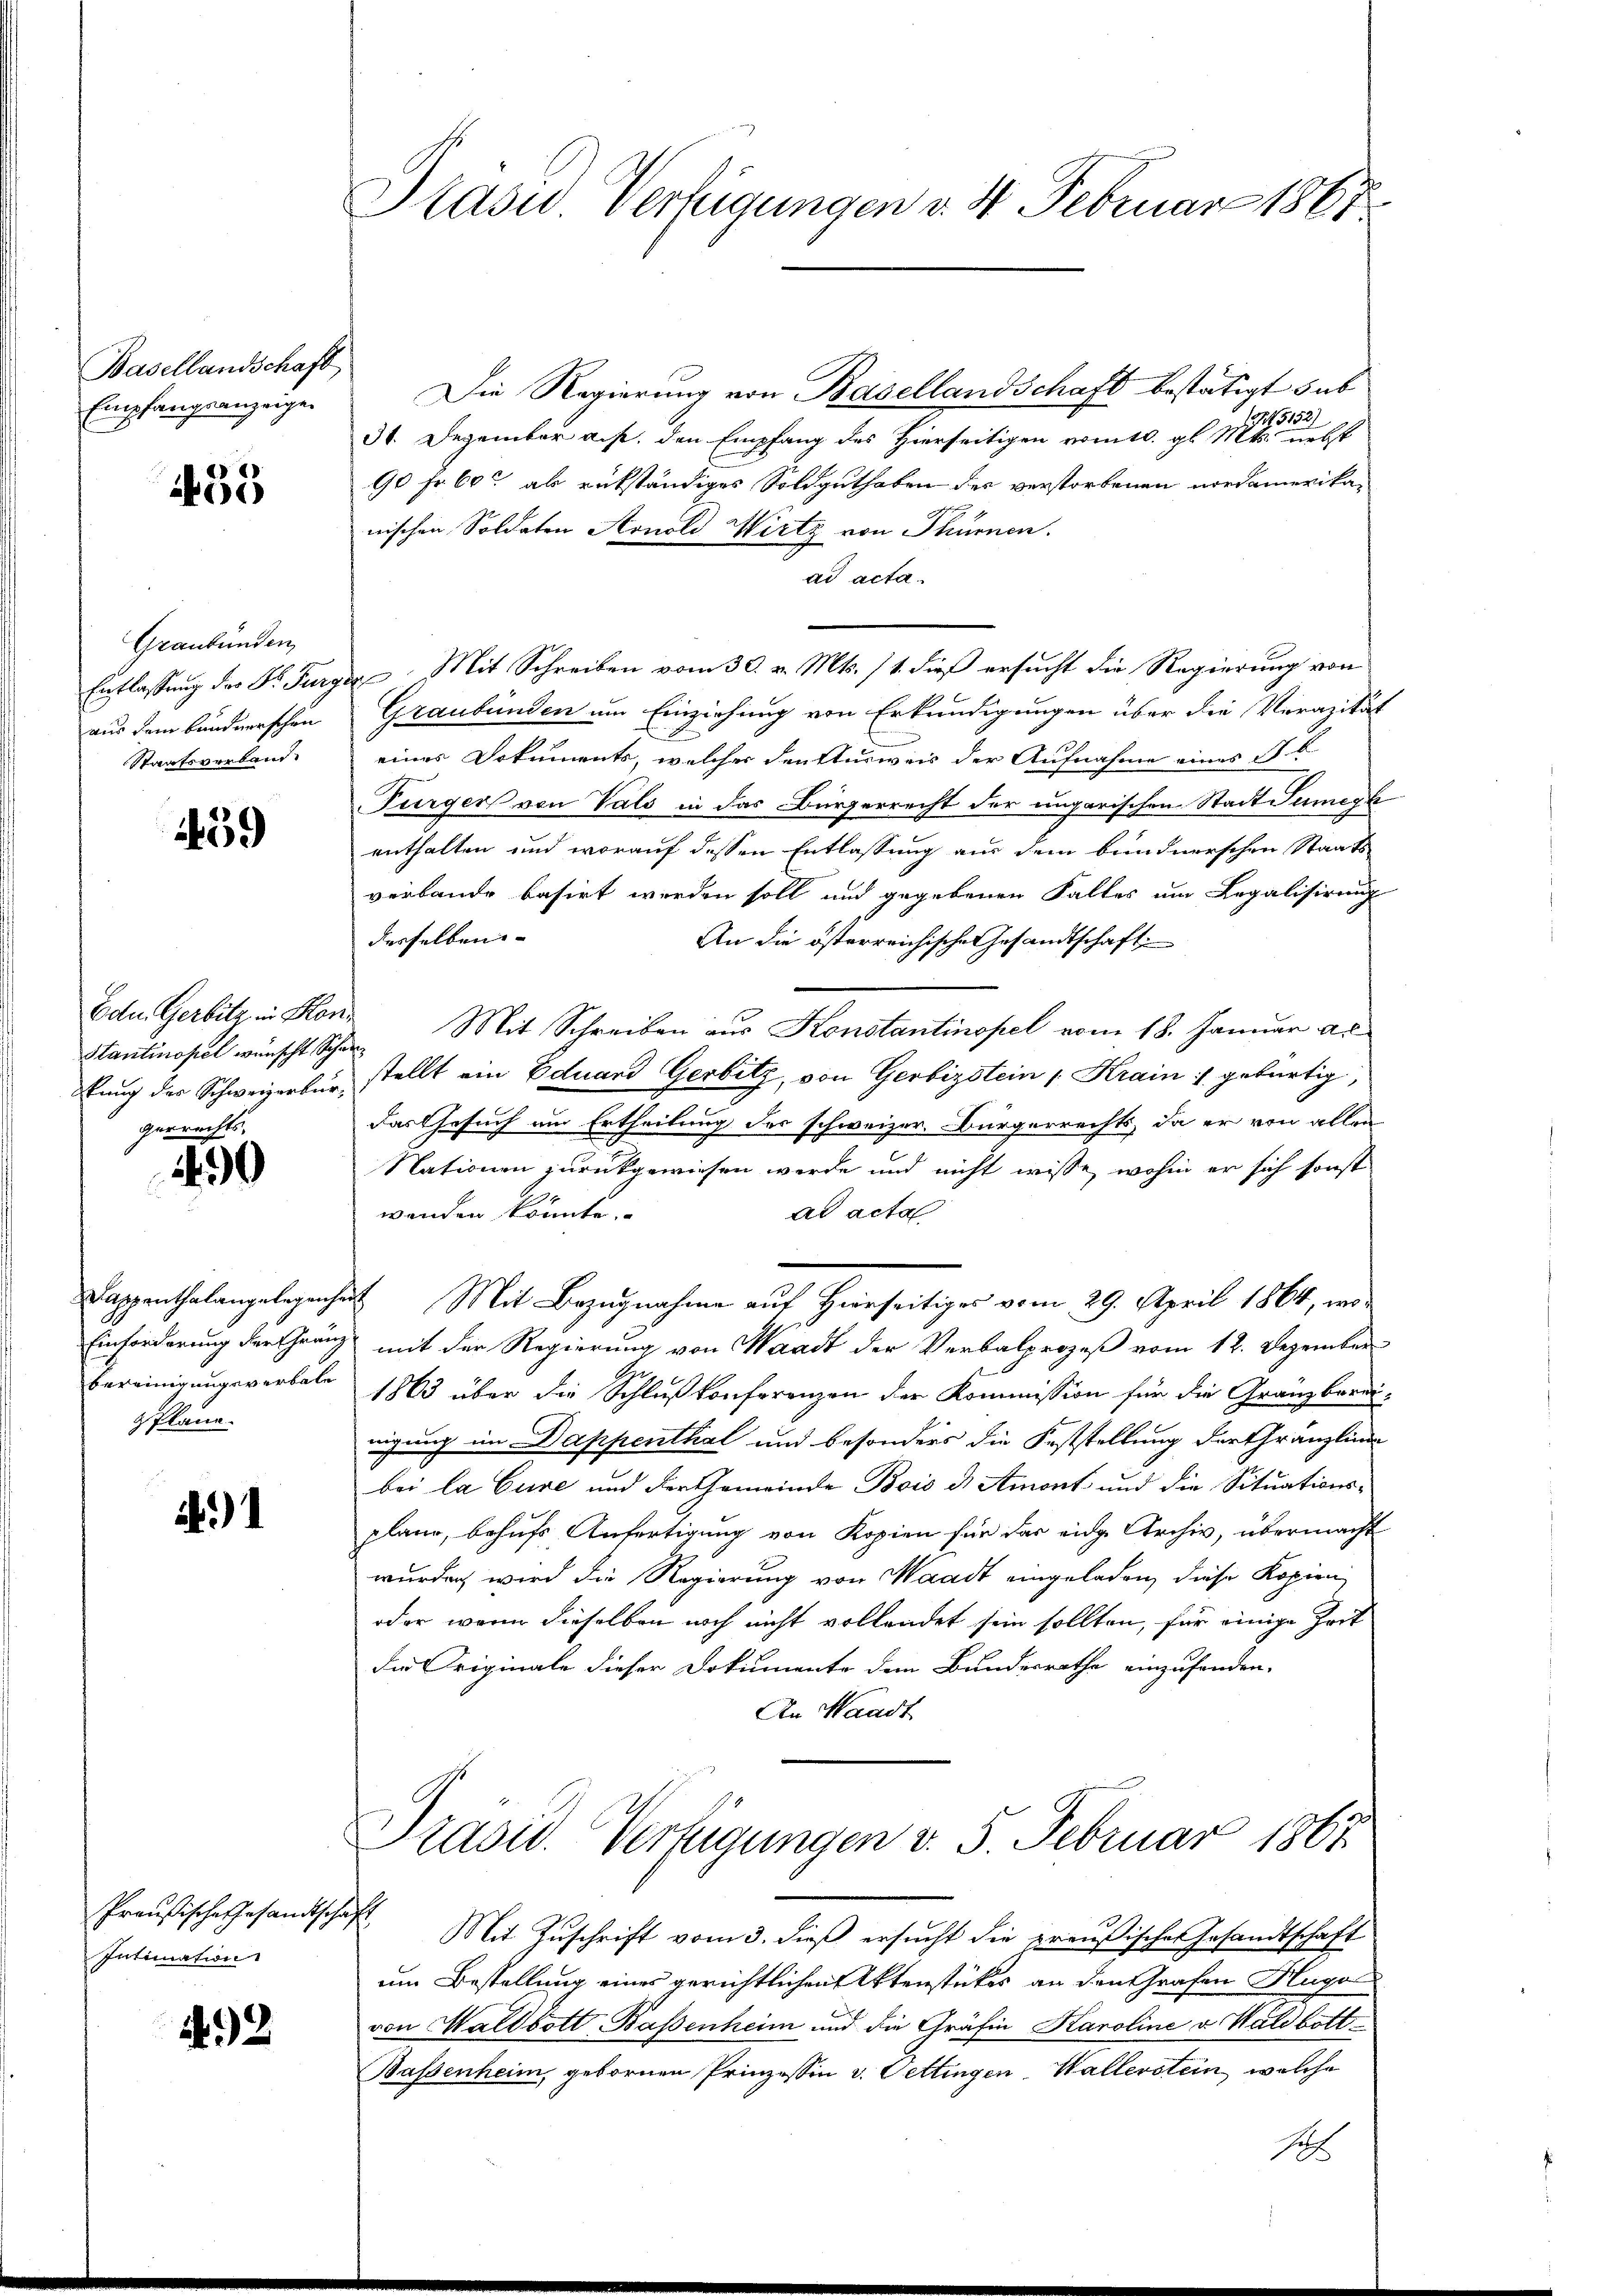
Basellandschaft
Empfangsanzeigen

1455

59

Edle Gerbitz in Hor
Stantinopel wünscht Sch.
pfung des Schweizerbür
gerrechts,

490

)1

2

Graubünden
Entlassung des Dr. Furgaus dem bundnerschen
Staatsverband.

Dappenthalangelegenhei
Einförderung der Gränz
bereinigungsverbale
pflane.

Preußische Gesandtschaft
Intimation

Präsid. Verfügungen v. 4. Februar 1861

Die Regierung von Basellandschaft bestätigt sub
512/
31. Dezember a.p. den Empfang des Hierseitigen vom 10. gl. Mts. nebst
90 fr. 60 ab rükständiges Soldguthaben des verstorbenen nordamerikanischen Soldaten Arnold Wirtz von Thürnen.
ad acta.
 Mit Schreiben vom 30. v. Mts. 11. dieß ersucht die Regierung von
Graubünden um Einziehung von Erkundigungen über die Verazität
eines Dokuments, welcher den Ausweis der Aufnahme eines A. B.
Türger von Vals in das Bürgerrecht der ungarischen Stadt Tumeyh
enthalten und worauf dessen Entlassung aus dem bundnerschen Staats-
verbande basirt werden soll und gegebenen Falles um Legalisirung
derselben
An die österreichische Gesandtschaft
Mit Schreiben aus Konstantinopel vom 18. Januar ac
f
stellt ein Eduard Gerbitz, von Gerbizstein Krain gebürtig,
Das Gesuch um Ertheilung des schweizer. Bürgerrechts, da er von allen
Nationen zurückgewiesen werde und nicht wisse, wohin er sich sonst
wenden könnte.
ad acta
 Mit Bezugnahme auf Hierseitiges vom 29. April 1864, wo
mit der Regierung von Waadt der Verbalprozeß vom 12. Dezember
1863 über die Schlußkonferenzen der Kommission für die Gränzberdiügung im Dappenthal und besonders die Feststellung der Gränzlinde
bei la Cure und der Gemeinde Bois es Amont und die Situationsplane, behufs Anfertigung von Kopien für das eidg. Archiv, übermacht
wurden wird die Regierung von Waadt eingeladen, diese Kopien
oder wenn dieselben noch nicht vollendet sein sollten, für einige Zeit
Die Originale dieser Dokumente dem Bundesrathe einzufanden.
An Waadt
Präsid. Verfügungen v. 5. Februar 1863.
Mit Zuschrift vom 3. dieß ersucht die preußischen Gesandtschaft
um Bestellung eines gerichtlichen Aktenstückes an den Grafen Hugo
von Waldbott Basenheim und die Gräfin Karoline v. Waldbott
Wassenheim, gebornen Prinzessin v. Pettingen, Wallerstein, welche
sh